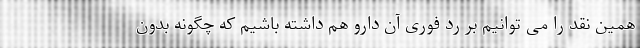
همین نقد را می توانیم بر رد فوری آن دارو هم داشته باشیم که چگونه بدون